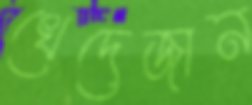
খেদেজান